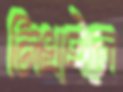
লিখাইলে